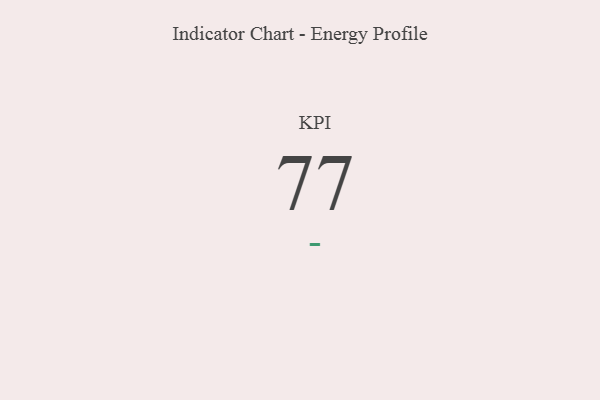
{"axis": {"x": "KPI", "y": "Value"}, "legend": [""], "data": [{"x": "KPI", "y": 77, "type": ""}]}